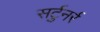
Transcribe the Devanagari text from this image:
सर्टुनर्र